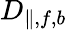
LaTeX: D_{\| ,f,b}